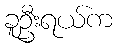
ခူဦးရယ်က